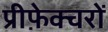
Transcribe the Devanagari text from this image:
प्रीफ़ेक्चरों